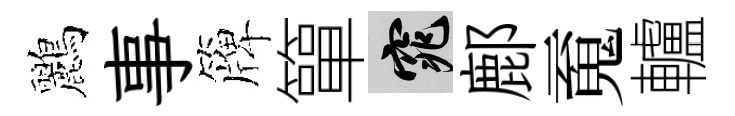
鸝事簰簞窕鄜䰟轤